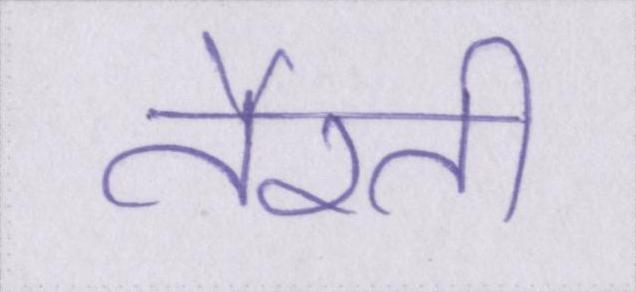
तैरती